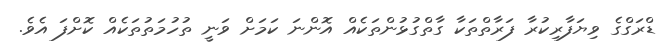
ޑްރަގްގެ ވިޔަފާރިކުރާ ފަރާތްތަކާ ގާތްގުޅުންތަކެއް އޮންނަ ކަމަށް ވަނީ ތުހުމަތުތަކެއް ކޮށްފަ އެވެ.